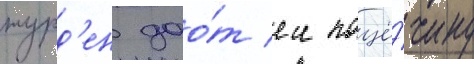
журд'ен дао́т еи пощё́чину